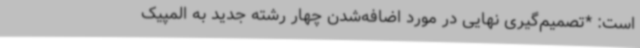
است: *تصمیم‌گیری نهایی در مورد اضافه‌شدن چهار رشته جدید به المپیک